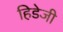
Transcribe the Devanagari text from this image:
हिडेजी